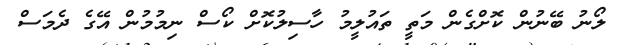
ލޯނު ބޭނުން ކޮށްގެން މަތީ ތައުލީމު ހާސިލުކޮށް ކޯސް ނިމުމުން އޭގެ ދެމަސް